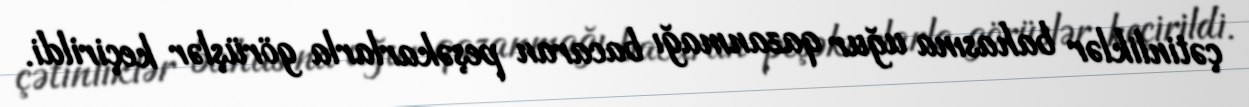
çətinliklər bahasına uğur qazanmağı bacaran peşəkarlarla görüşlər keçirildi.